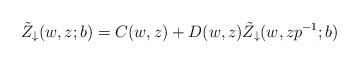
LaTeX: \begin{align*}\tilde{Z}_\downarrow (w, z; b) &=C(w, z)+D(w, z)\tilde{Z}_\downarrow (w, z p^{-1}; b)\end{align*}